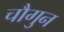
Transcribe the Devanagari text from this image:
चौगुन